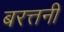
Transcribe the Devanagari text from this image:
बरत्तनी